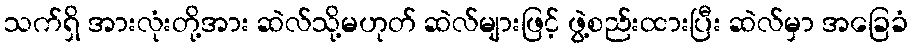
သက်ရှိ အားလုံးတို့အား ဆဲလ်သို့မဟုတ် ဆဲလ်များဖြင့် ဖွဲ့စည်းထားပြီး ဆဲလ်မှာ အခြေခံ